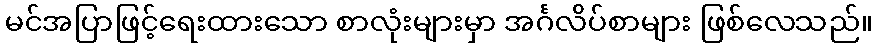
မင်အပြာဖြင့်ရေးထားသော စာလုံးများမှာ အင်္ဂလိပ်စာများ ဖြစ်လေသည်။